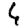
Digit: 6